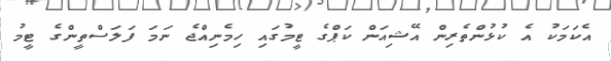
އެކަމަކު އެ ކުޅުންތެރިން އޭޝިއަން ކަޕްގެ ޓީމުގައި ހިމެނިއްޖެ ނަމަ ފަލަސްތީންގެ ޓީމު